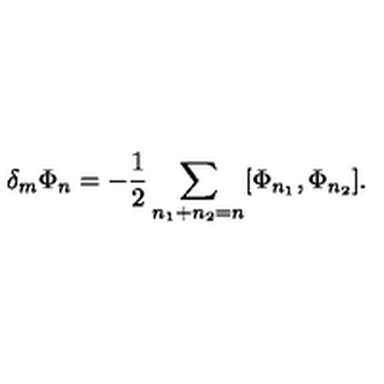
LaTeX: \delta _ { m } \Phi _ { n } = - \frac { 1 } { 2 } \sum _ { n _ { 1 } + n _ { 2 } = n } [ \Phi _ { n _ { 1 } } , \Phi _ { n _ { 2 } } ] .